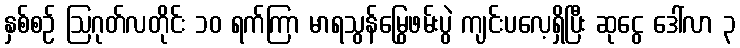
နှစ်စဉ် ဩဂုတ်လတိုင်း ၁၀ ရက်ကြာ မာရသွန်မြွေဖမ်းပွဲ ကျင်းပလေ့ရှိပြီး ဆုငွေ ဒေါ်လာ ၃